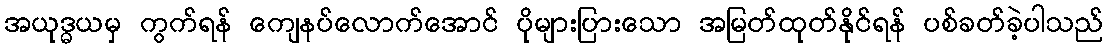
အယုဒ္ဓယမှ ကွက်ရန် ကျေနပ်လောက်အောင် ပိုများပြားသော အမြတ်ထုတ်နိုင်ရန် ပစ်ခတ်ခဲ့ပါသည်